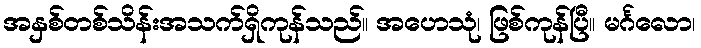
အနှစ်တစ်သိန်းအသက်ရှိကုန်သည်။ အဟေသုံ၊ ဖြစ်ကုန်ပြီ။ မင်္ဂလော၊